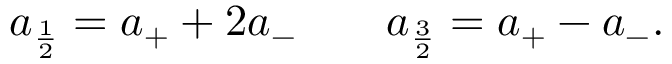
a _ { \frac { 1 } { 2 } } = a _ { + } + 2 a _ { - } \qquad a _ { \frac { 3 } { 2 } } = a _ { + } - a _ { - } .